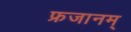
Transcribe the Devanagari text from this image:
फ्रजानम्